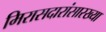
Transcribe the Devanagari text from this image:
मिरासदारांसारख्या